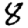
Digit: 8